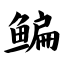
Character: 鳊